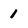
Character: 1